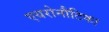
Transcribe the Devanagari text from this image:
एयरोनौटिका